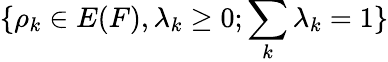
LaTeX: \{ \rho_{k}\in E(F),\lambda_{k}\ge 0;\sum_{k}\lambda_{k}=1\}